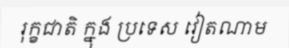
រុក្ខជាតិ ក្នុង ប្រទេស វៀតណាម